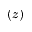
( z )